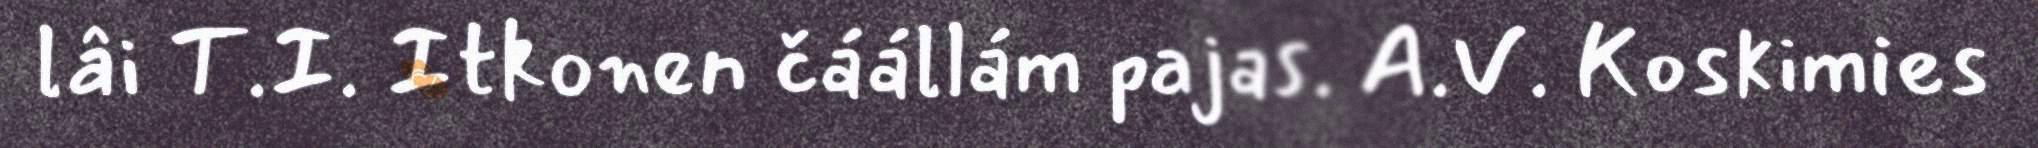
lâi T.I. Itkonen čáállám pajas. A.V. Koskimies